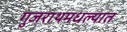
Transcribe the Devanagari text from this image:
गुजराथमधल्यात